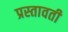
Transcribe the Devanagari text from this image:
प्रस्तावती